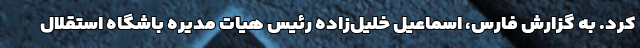
کرد. به گزارش فارس، اسماعیل خلیل‌زاده رئیس هیات مدیره باشگاه استقلال